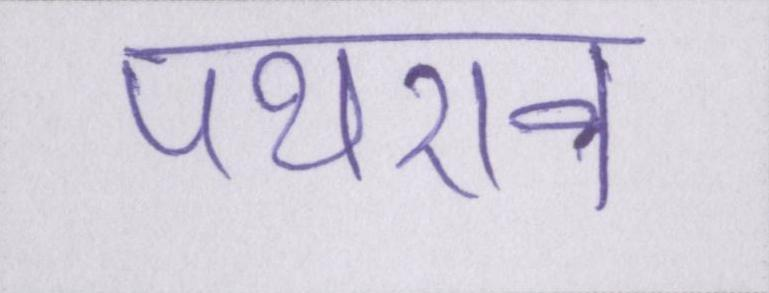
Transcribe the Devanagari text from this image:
पथराव